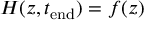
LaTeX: H ( z , t _ { \mathrm { e n d } } ) = f ( z )